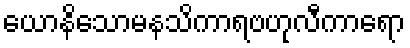
ယောနိသောမနသိကာရဗဟုလီကာရော